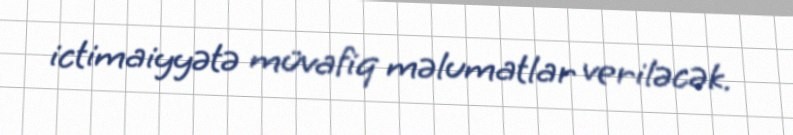
ictimaiyyətə müvafiq məlumatlar veriləcək.